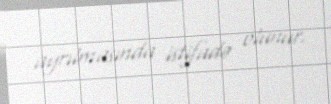
ayrılmasında istifadə olunur.